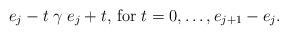
LaTeX: \begin{align*}e_{j}-t\mathrel{\gamma}e_{j}+t\mbox{, for }t=0,\ldots,e_{j+1}-e_{j}.\end{align*}